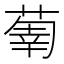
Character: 𦵳